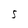
Character: S